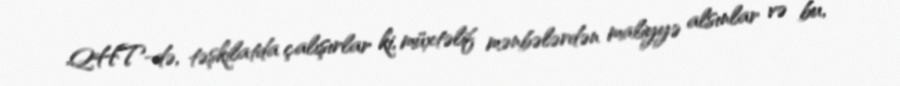
QHT-də, təşkilatda çalışırlar ki, müxtəlif mənbələrdən maliyyə alsınlar və bu,